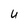
Character: U